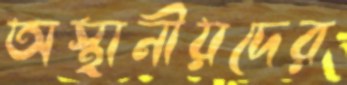
অস্থানীয়দের